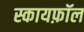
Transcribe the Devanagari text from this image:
स्कायफ़ॉल